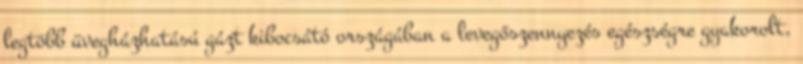
legtöbb üvegházhatású gázt kibocsátó országában a levegőszennyezés egészségre gyakorolt,